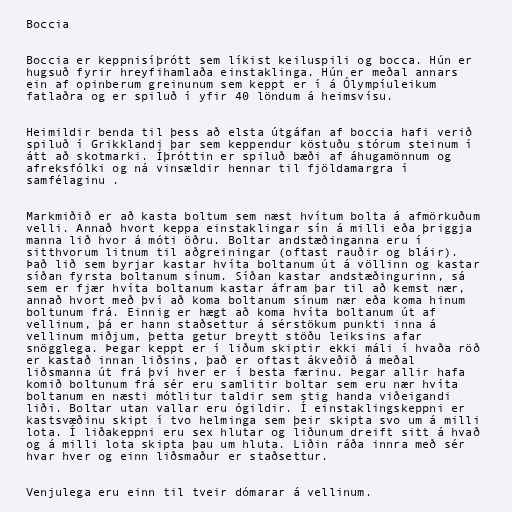
Boccia

Boccia er keppnisíþrótt sem líkist keiluspili og bocca. Hún er
hugsuð fyrir hreyfihamlaða einstaklinga. Hún er meðal annars
ein af opinberum greinunum sem keppt er í á Ólympíuleikum
fatlaðra og er spiluð í yfir 40 löndum á heimsvísu.

Heimildir benda til þess að elsta útgáfan af boccia hafi verið
spiluð í Grikklandi þar sem keppendur köstuðu stórum steinum í
átt að skotmarki. Íþróttin er spiluð bæði af áhugamönnum og
afreksfólki og ná vinsældir hennar til fjöldamargra í
samfélaginu .

Markmiðið er að kasta boltum sem næst hvítum bolta á afmörkuðum
velli. Annað hvort keppa einstaklingar sín á milli eða þriggja
manna lið hvor á móti öðru. Boltar andstæðinganna eru í
sitthvorum litnum til aðgreiningar (oftast rauðir og bláir).
Það lið sem byrjar kastar hvíta boltanum út á völlinn og kastar
síðan fyrsta boltanum sínum. Síðan kastar andstæðingurinn, sá
sem er fjær hvíta boltanum kastar áfram þar til að kemst nær,
annað hvort með því að koma boltanum sínum nær eða koma hinum
boltunum frá. Einnig er hægt að koma hvíta boltanum út af
vellinum, þá er hann staðsettur á sérstökum punkti inna á
vellinum miðjum, þetta getur breytt stöðu leiksins afar
snögglega. Þegar keppt er í liðum skiptir ekki máli í hvaða röð
er kastað innan liðsins, það er oftast ákveðið á meðal
liðsmanna út frá því hver er í besta færinu. Þegar allir hafa
komið boltunum frá sér eru samlitir boltar sem eru nær hvíta
boltanum en næsti mótlitur taldir sem stig handa viðeigandi
liði. Boltar utan vallar eru ógildir. Í einstaklingskeppni er
kastsvæðinu skipt í tvo helminga sem þeir skipta svo um á milli
lota. Í liðakeppni eru sex hlutar og liðunum dreift sitt á hvað
og á milli lota skipta þau um hluta. Liðin ráða innra með sér
hvar hver og einn liðsmaður er staðsettur.

Venjulega eru einn til tveir dómarar á vellinum.